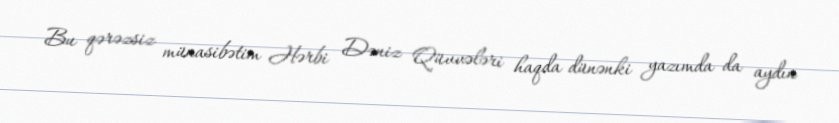
Bu qərəzsiz münasibətim Hərbi Dəniz Qüvvələri haqda dünənki yazımda da aydın